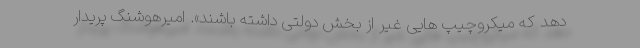
دهد که میکروچیپ هایی غیر از بخش دولتی داشته باشند». امیرهوشنگ پریدار